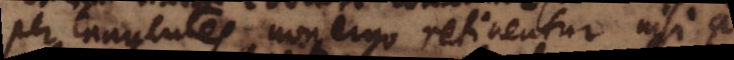
per tangentes, non ergo retinentur nisi a